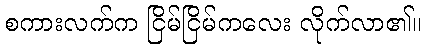
စကားလက်က ငြိမ်ငြိမ်ကလေး လိုက်လာ၏။